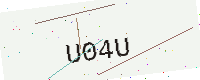
Text: U04U